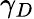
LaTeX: \gamma_{D}